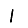
Digit: 1